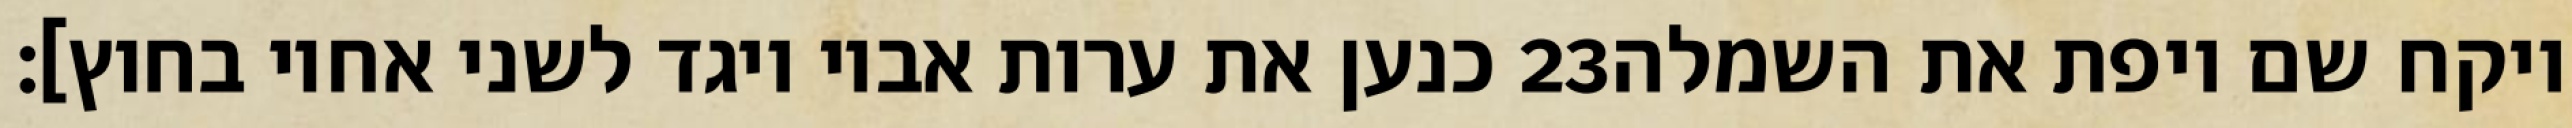
כנען את ערות אביו ויגד לשני אחיו בחוץ]׃ ‎23‏ ויקח שם ויפת את השמלה